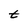
Character: t